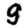
Digit: 9